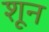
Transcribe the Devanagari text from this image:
शून